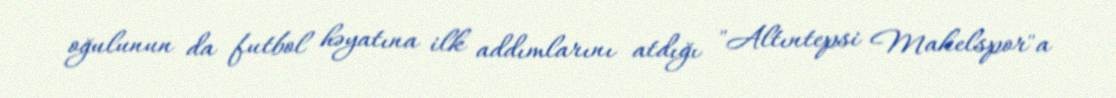
oğulunun da futbol həyatına ilk addımlarını atdığı "Altıntepsi Makelspor"a